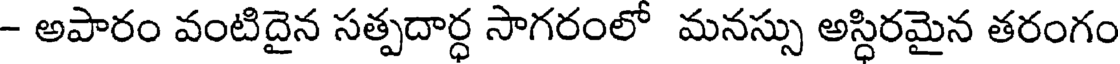
- అపారం వంటిదైన సత్పదార్ధ సాగరంలో మనస్సు అస్ధిరమైన తరంగం